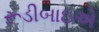
રૂડીબાઇએ